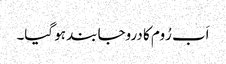
اَب رُوم کا دروجا بند ہو گیا۔